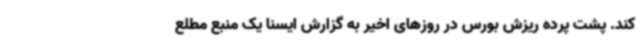
کند. پشت پرده ریزش بورس در روزهای اخیر به گزارش ایسنا یک منبع مطلع